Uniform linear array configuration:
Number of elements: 16
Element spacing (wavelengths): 1
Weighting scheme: cosine
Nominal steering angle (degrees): -60
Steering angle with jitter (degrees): -59.114
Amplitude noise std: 0.05
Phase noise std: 0.05

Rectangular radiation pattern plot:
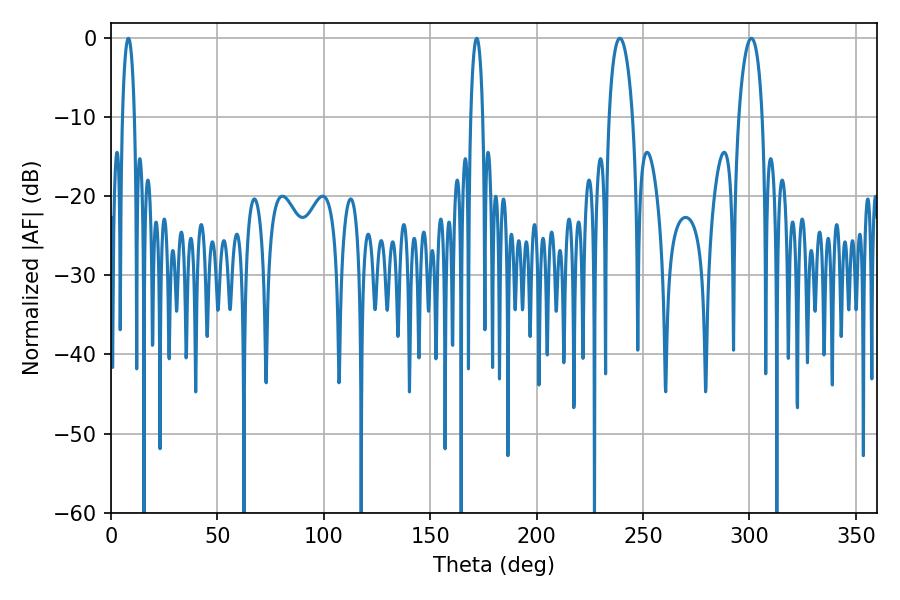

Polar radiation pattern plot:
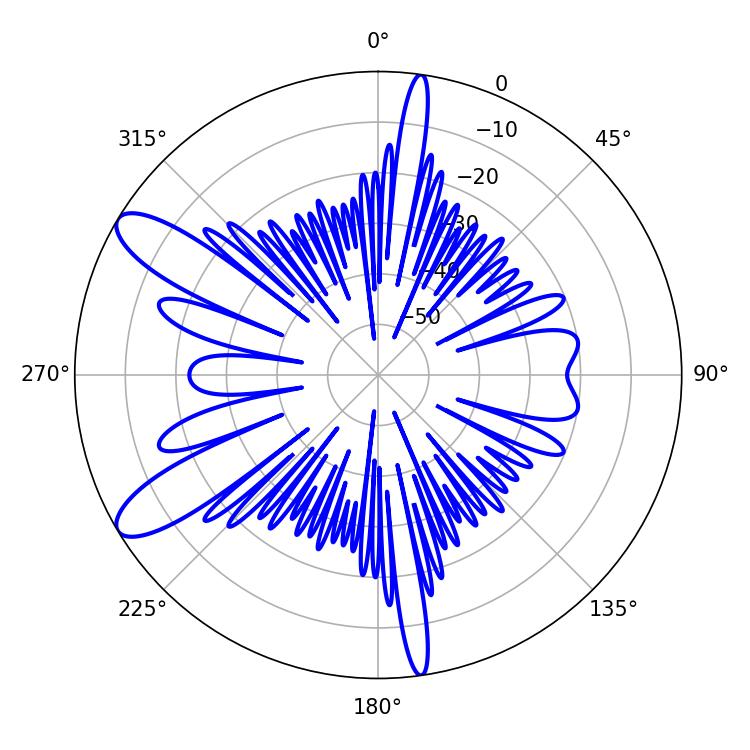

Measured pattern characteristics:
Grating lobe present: TRUE
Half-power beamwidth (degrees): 6.3
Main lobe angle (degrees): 300.96